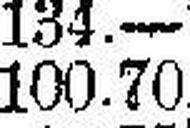
100.70